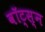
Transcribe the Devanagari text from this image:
वॉट्स्न